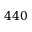
4 4 0